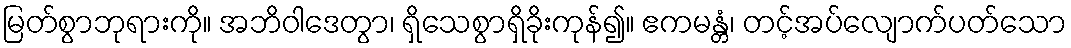
မြတ်စွာဘုရားကို။ အဘိဝါဒေတွာ၊ ရှိသေစွာရှိခိုးကုန်၍။ ဧကမန္တံ၊ တင့်အပ်လျောက်ပတ်သော